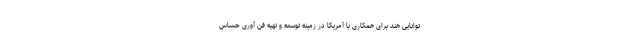
توانایی هند برای همکاری با آمریکا در زمینه توسعه و تهیه فن آوری حساس